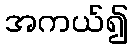
အကယ်၍